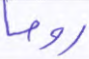
روحا